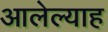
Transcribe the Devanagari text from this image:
आलेल्याह